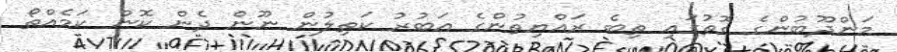
މަންދޫބުންގެ ގޮތުގައި ތިބެ ރައްޔިތުންގެ އަބުރު ކަތިލުން ނޫން ދެން ކޮން ކަމެއްތޯ